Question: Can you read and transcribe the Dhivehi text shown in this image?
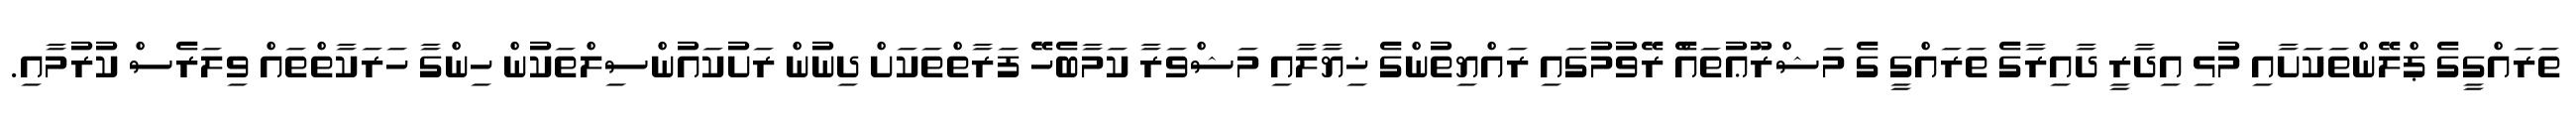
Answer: ތަރައްގީގެ ޕްލޭންތަކަށާއި މުޅި އިދާރީ ދާއިރާގެ ތަރައްގީ ގެ މަޝްރޫޢުތައެް ރޭވުމުގައި ރައްޔިތުންގެ ޚިޔާލާއި މަޝްވަރާ ކަމާބެހޭ ފަރާތްތަކަށް ދިނުން ރަށުކައުންސިލްތަކުން ހިންގާ ހަރަކާތްތައް ވިލަރެސް ކުރުމާއި.